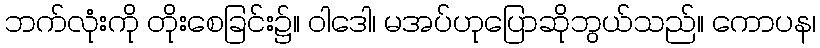
ဘက်လုံးကို တိုးစေခြင်း၌။ ဝါဒေါ၊ မအပ်ဟုပြောဆိုဘွယ်သည်။ ကောပန၊